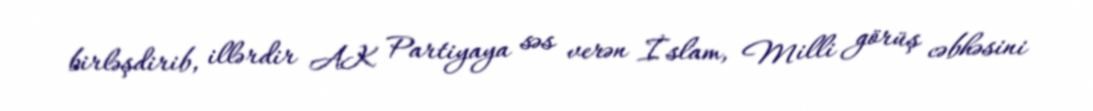
birləşdirib, illərdir AK Partiyaya səs verən İslam, Milli görüş cəbhəsini